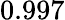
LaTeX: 0.997